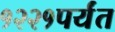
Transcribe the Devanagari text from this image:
१२२१पर्यंत